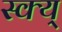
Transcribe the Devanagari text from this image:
स्क्य्